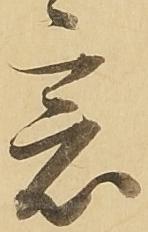
意